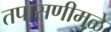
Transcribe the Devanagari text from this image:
तपासणीमुळे